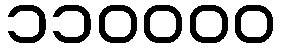
၁၁၀၀၀၀